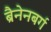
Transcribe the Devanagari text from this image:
ब्रैनेनबर्ग